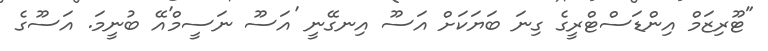
"ޓޫރިޒަމް އިންޑަސްޓްރީގެ ގިނަ ބަޔަކަށް އަސޫ އިނގޭނީ 'އަސޫ ނަސީމް'އޭ ބުނީމަ. އަސޫގެ